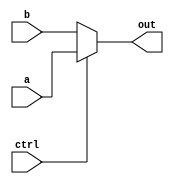
`timescale 1ns / 1ps
//////////////////////////////////////////////////////////////////////////////////
// Company: 
// Engineer: 
// 
// Design Name: 
// Module Name: mux_8_bit
// Project Name: 
// Target Devices: 
// Tool Versions: 
// Description: 
// 
// Dependencies: 
// 
// Revision:
// Revision 0.01 - File Created
// Additional Comments:
// 
//////////////////////////////////////////////////////////////////////////////////


module mux_8_bit(
    input [7:0]a,
    input [7:0]b,
    input ctrl,
    output [7:0] out
    );
    
  assign out = ctrl?a:b;
endmodule